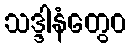
သဒ္ဒါနံတွေဝ